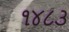
૧૪૮૩